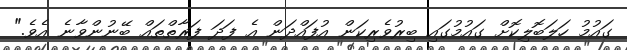
ގައުމު ހަލަބޮލިކޮށް ގައުމުގައި ބިރުވެރިކަން އުފައްދަން އެ ފަދަ ފަރާތްތައް ބޭނުންވާނެ އެވެ."